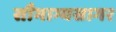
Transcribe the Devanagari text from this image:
सौभाग्यसागर